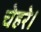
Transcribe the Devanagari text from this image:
चेहरे।